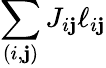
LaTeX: \sum_{(i,\mathbf{j})}J_{i\mathbf{j}}\ell_{i\mathbf{j}}